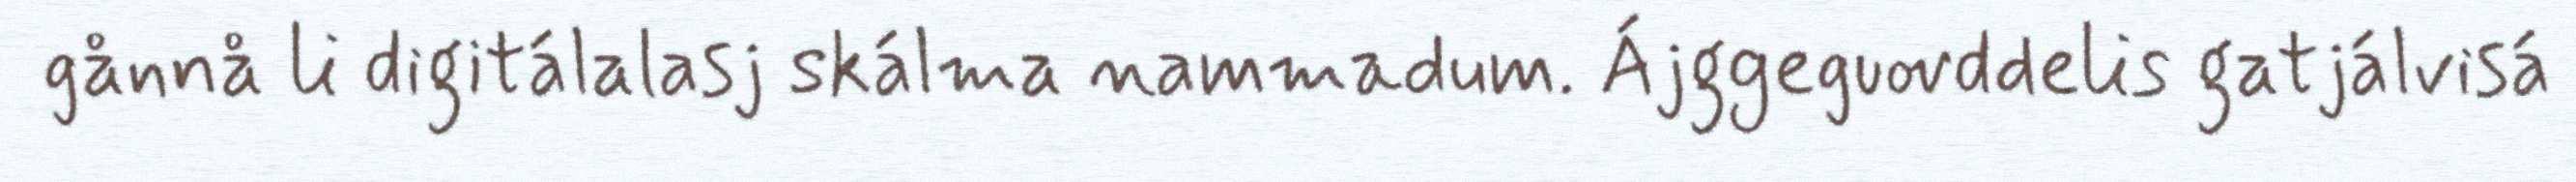
gånnå li digitálalasj skálma nammadum. Ájggeguovddelis gatjálvisá